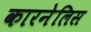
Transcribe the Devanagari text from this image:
कारनेलिस